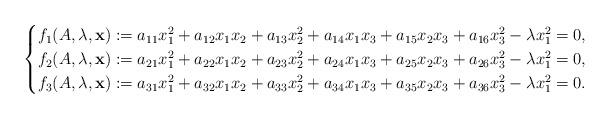
LaTeX: \begin{align*}\begin{cases}f_1(A,\lambda,\mathbf x):=a_{11}x_1^2+a_{12}x_1x_2+a_{13}x_2^2+a_{14}x_1x_3+a_{15}x_2x_3+a_{16}x_3^2-\lambda x_1^2=0,\\f_2(A,\lambda,\mathbf x):=a_{21}x_1^2+a_{22}x_1x_2+a_{23}x_2^2+a_{24}x_1x_3+a_{25}x_2x_3+a_{26}x_3^2-\lambda x_1^2=0,\\f_3(A,\lambda,\mathbf x):=a_{31}x_1^2+a_{32}x_1x_2+a_{33}x_2^2+a_{34}x_1x_3+a_{35}x_2x_3+a_{36}x_3^2-\lambda x_1^2=0.\end{cases}\end{align*}